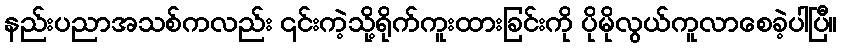
နည်းပညာအသစ်ကလည်း ၎င်းကဲ့သို့ရိုက်ကူးထားခြင်းကို ပိုမိုလွယ်ကူလာစေခဲ့ပါပြီ။